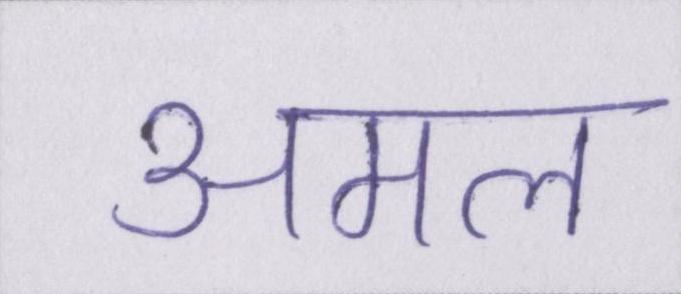
अमल